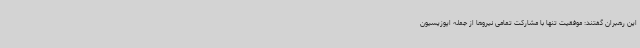
این رهبران گفتند: موفقیت تنها با مشارکت تمامی نیروها از جمله اپوزیسیون